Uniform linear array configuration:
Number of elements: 24
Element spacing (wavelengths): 0.75
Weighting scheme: exponential
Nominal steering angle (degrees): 15
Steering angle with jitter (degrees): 13.889
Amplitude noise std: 0.05
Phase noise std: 0.05

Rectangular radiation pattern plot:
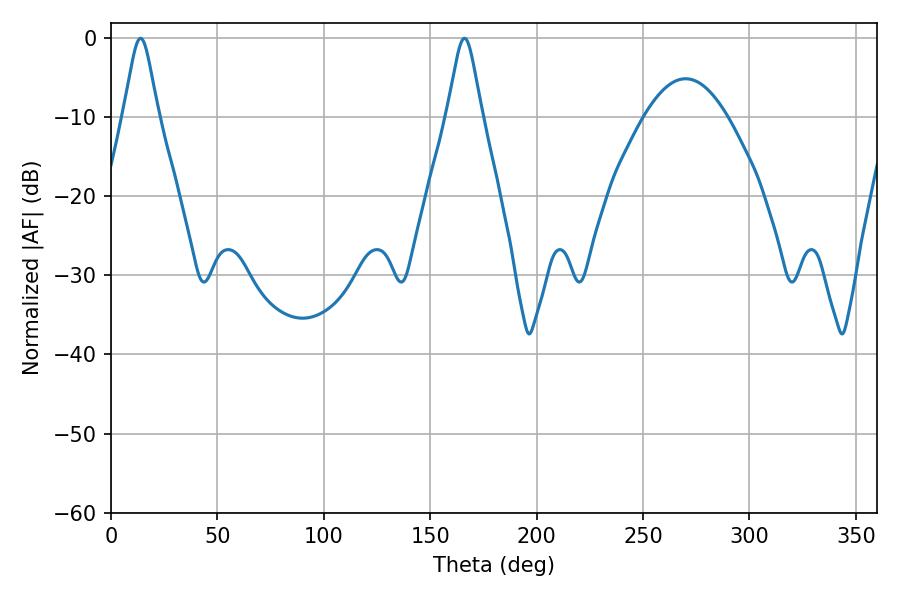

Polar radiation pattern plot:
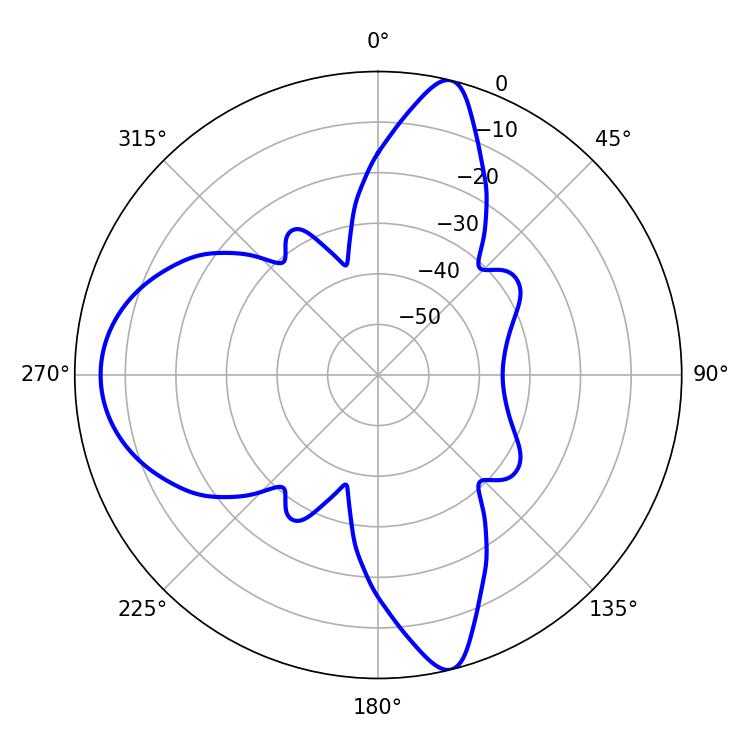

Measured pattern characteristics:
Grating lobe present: TRUE
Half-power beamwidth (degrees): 7.74
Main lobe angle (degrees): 13.86